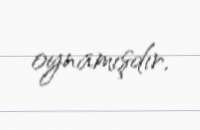
oynamışdır.